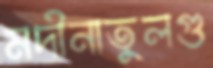
মদীনাতুলগু